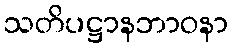
သတိပဋ္ဌာနဘာဝနာ